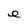
Character: a